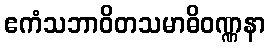
ဧကံသဘာဝိတသမာဓိဝဏ္ဏနာ